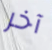
آخر